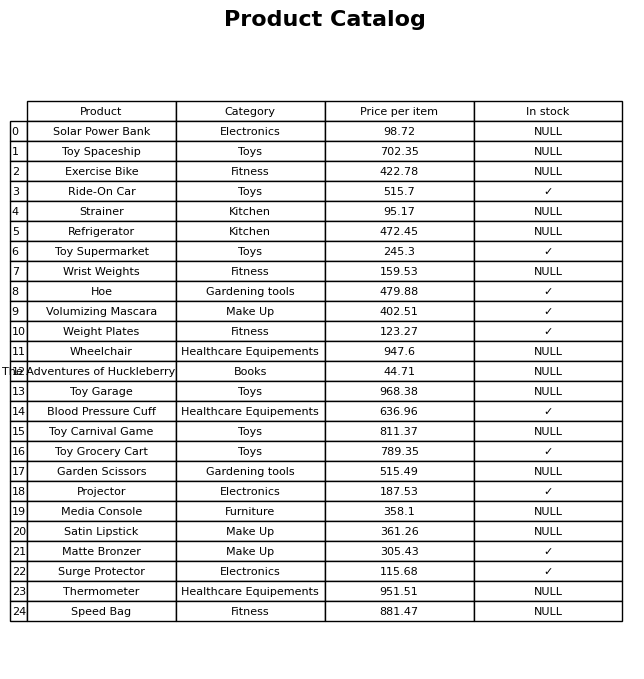
question: Is the Garden Scissors in stock?
answer: NULL